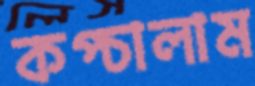
কপ্‌চালাম